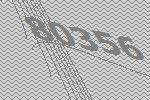
80356